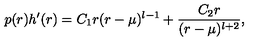
p ( r ) h ^ { \prime } ( r ) = C _ { 1 } r ( r - \mu ) ^ { l - 1 } + { \frac { C _ { 2 } r } { ( r - \mu ) ^ { l + 2 } } } ,